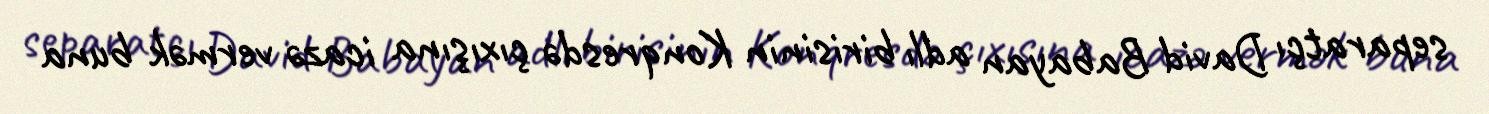
separatçı David Babayan adlı birisinin Konqresdə çıxışına icazə vermək buna